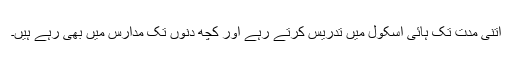
اتنی مدت تک ہائی اسکول میں تدریس کرتے رہے اور کچھ دنوں تک مدارس میں بھی رہے ہیں۔